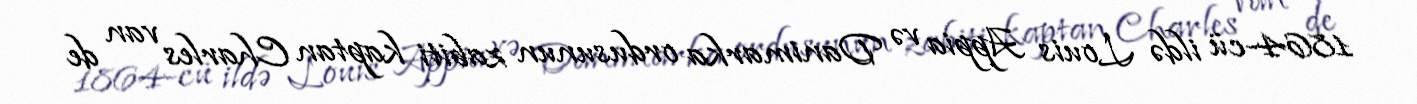
1864-cü ildə Louis Appia və Danimarka ordusunun zabiti kaptan Charles van de